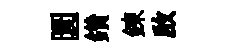
圜鑽錬啟